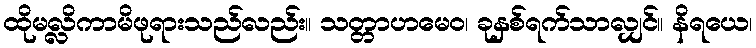
ထိုမလ္လိကာမိဖုရားသည်လည်း။ သတ္တာဟမေဝ၊ ခုနှစ်ရက်သာလျှင်။ နိရယေ၊